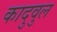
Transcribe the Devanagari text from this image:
कादुवुल